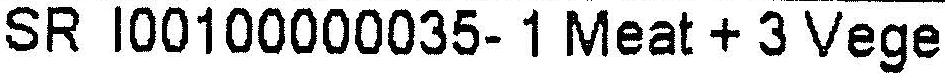
SR I00100000035- 1 MEAT + 3 VEGE